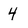
Character: 4